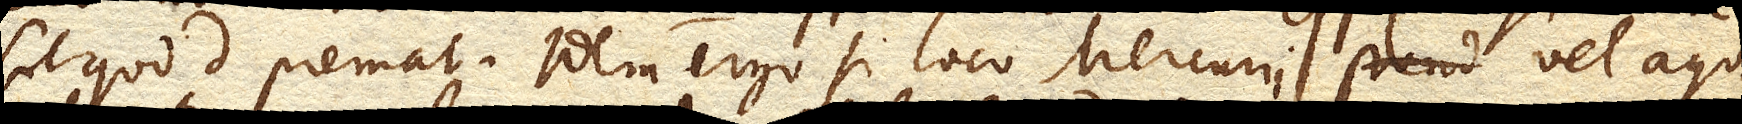
sit quod d. premat. Idem ergo si loco Mercurii vel aqua,